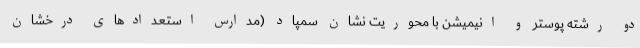
دو رشته پوستر و انیمیشن با محوریت نشان سمپاد (مدارس استعدادهای درخشان